Civil Veterinary Department. Madras. Admin. report 1926-33 - 1926-1933
Year: 1926
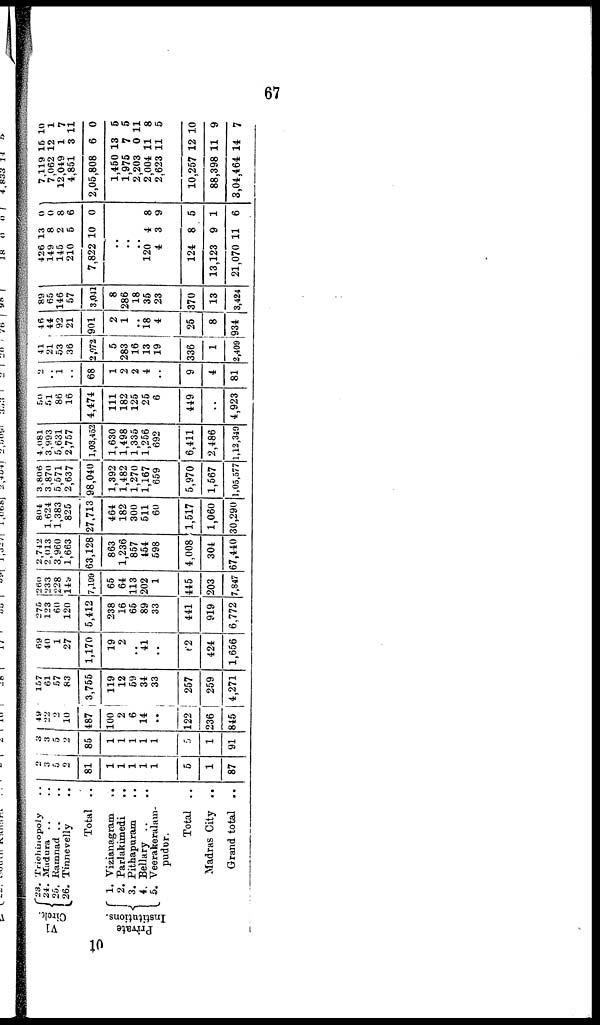
67
VI
Circle
23
24.
25.
26.
Trichinopoly ..
Madura .. ..
Ramnad .. ..
Tinnevelly ..
Total . .
Private
Institutions.
1.
2.
3.
4.
5.
Vizianagram ..
Parlakimedi
..
Pithapuram ..
Bellary .. ..
Veerakeralain-
pudur.
Total
..
Madras City
..
Grand total
..
2
3
5
2
81
1
1
1
1
1
5
1
87
3
3
5
2
85
1
1
1
1
1
5
1
91
49
22
2
10
487
100
2
6
14
..
122
236
845
157
61
57
83
3,755
119
12
59
34
33
257
259
4,271
69
40
1
27
1,170
19
2
..
41
..
62
424
1,656
275
123
60
120
5,412
238
16
65
89
33
441
919
6,772
260
233
228
149
7,199
65
64
113
202
1
445
203
7,847
2,742
2,013
3,960
1,663
63,128
863
1,236
857
454
598
4,008
304
67,440
804
1,624
1,383
825
27,713
464
182
300
511
60
1,517
1,060
30,290
3,806
3,870
5,571
2,637
98,040
1,392
1,482
1,270
1,167
659
5,970
1,567
1,05,577
4,081
3,993
5,631
2,757
1,03,452
1,630
1,498
1,335
1,256
692
6,411
2,486
1,12,349
50
51
86
16
4,474
111
182
125
25
6
449
..
4,923
2
1
68
1
2
2
4
..
9
4
81
41
21
53
36
2,072
5
283
16
13
19
336
1
2,409
46
44
92
21
901
2
1
..
18
4
25
8
934
89
65
146
57
3,041
8
286
18
35
23
370
13
3,424
426
149
145
210
7,822
..
..
..
120
4
124
13,123
21,070
13
8
2
5
10
4
3
8
9
11
0
0
8
6
0
8
9
5
1
6
7,119
7,062
12,049
4,851
2,05,808
1,450
1,975
2,203
2,004
2,623
10,257
88,398
3,04,464
15
12
1
3
6
13
7
0
11
11
12
11
14
10
1
7
11
0
5
5
11
8
5
10
9
7
10